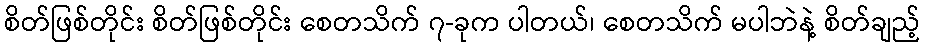
စိတ်ဖြစ်တိုင်း စိတ်ဖြစ်တိုင်း စေတသိက် ၇-ခုက ပါတယ်၊ စေတသိက် မပါဘဲနဲ့ စိတ်ချည့်